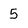
Character: 5